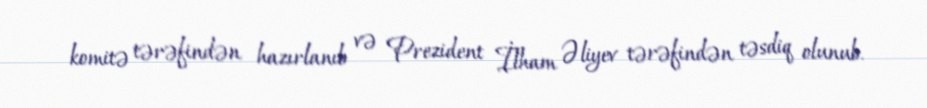
komitə tərəfindən hazırlanıb və Prezident İlham Əliyev tərəfindən təsdiq olunub.